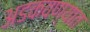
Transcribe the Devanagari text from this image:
अडकवण्यात